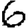
Digit: 6